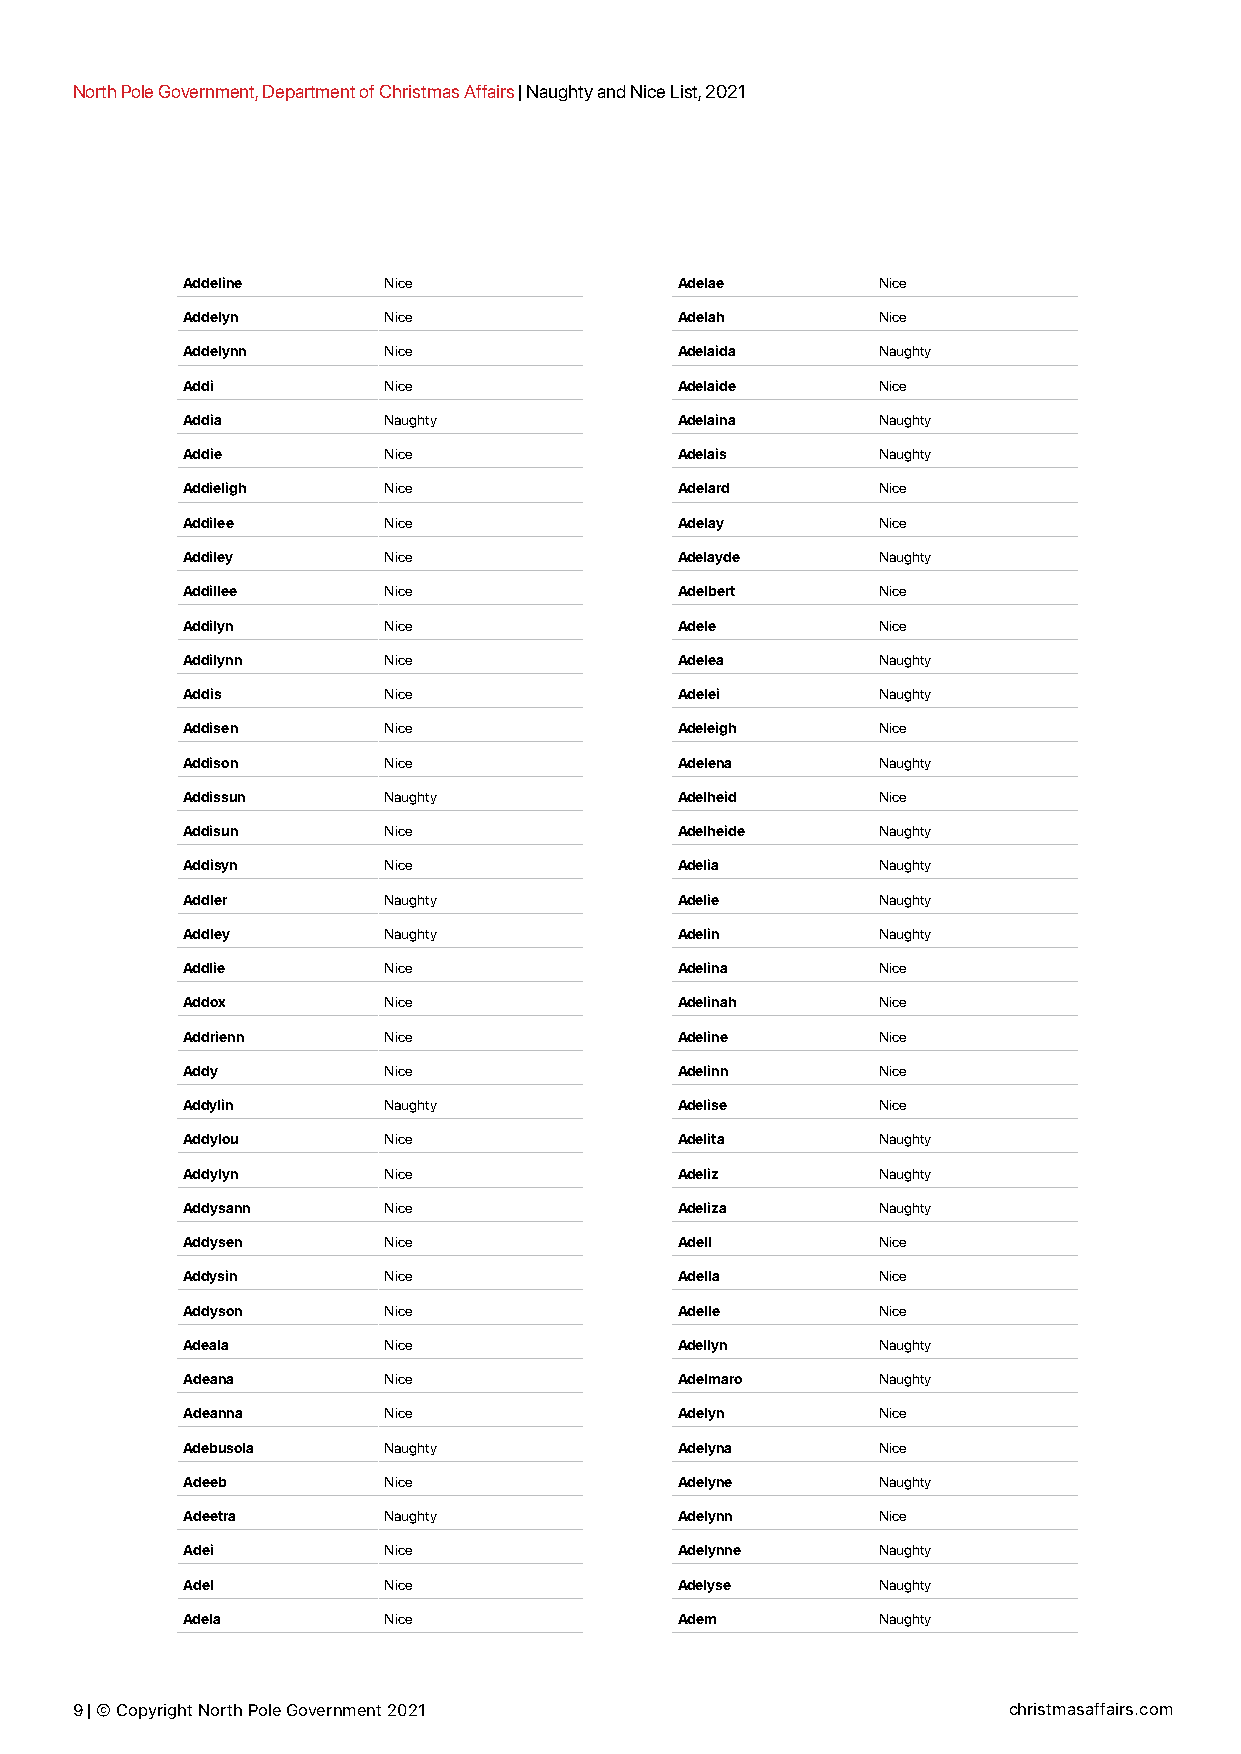
North Pole Government, Department of Christmas Affairs | Naughty and Nice List, 2021
 Addeline     Nice                Adelae       Nice
 Addelyn      Nice                Adelah       Nice
 Addelynn     Nice                Adelaida     Naughty
 Addi         Nice                Adelaide     Nice
 Addia        Naughty             Adelaina     Naughty
 Addie        Nice                Adelais      Naughty
 Addieligh    Nice                Adelard      Nice
 Addilee      Nice                Adelay       Nice
 Addiley      Nice                Adelayde     Naughty
 Addillee     Nice                Adelbert     Nice
 Addilyn      Nice                Adele        Nice
 Addilynn     Nice                Adelea       Naughty
 Addis        Nice                Adelei       Naughty
 Addisen      Nice                Adeleigh     Nice
 Addison      Nice                Adelena      Naughty
 Addissun     Naughty             Adelheid     Nice
 Addisun      Nice                Adelheide    Naughty
 Addisyn      Nice                Adelia       Naughty
 Addler       Naughty             Adelie       Naughty
 Addley       Naughty             Adelin       Naughty
 Addlie       Nice                Adelina      Nice
 Addox        Nice                Adelinah     Nice
 Addrienn     Nice                Adeline      Nice
 Addy         Nice                Adelinn      Nice
 Addylin      Naughty             Adelise      Nice
 Addylou      Nice                Adelita      Naughty
 Addylyn      Nice                Adeliz       Naughty
 Addysann     Nice                Adeliza      Naughty
 Addysen      Nice                Adell        Nice
 Addysin      Nice                Adella       Nice
 Addyson      Nice                Adelle       Nice
 Adeala       Nice                Adellyn      Naughty
 Adeana       Nice                Adelmaro     Naughty
 Adeanna      Nice                Adelyn       Nice
 Adebusola    Naughty             Adelyna      Nice
 Adeeb        Nice                Adelyne      Naughty
 Adeetra      Naughty             Adelynn      Nice
 Adei         Nice                Adelynne     Naughty
 Adel         Nice                Adelyse      Naughty
 Adela        Nice                Adem         Naughty
 9 | © Copyright North Pole Government 2021                    christmasaffairs.com